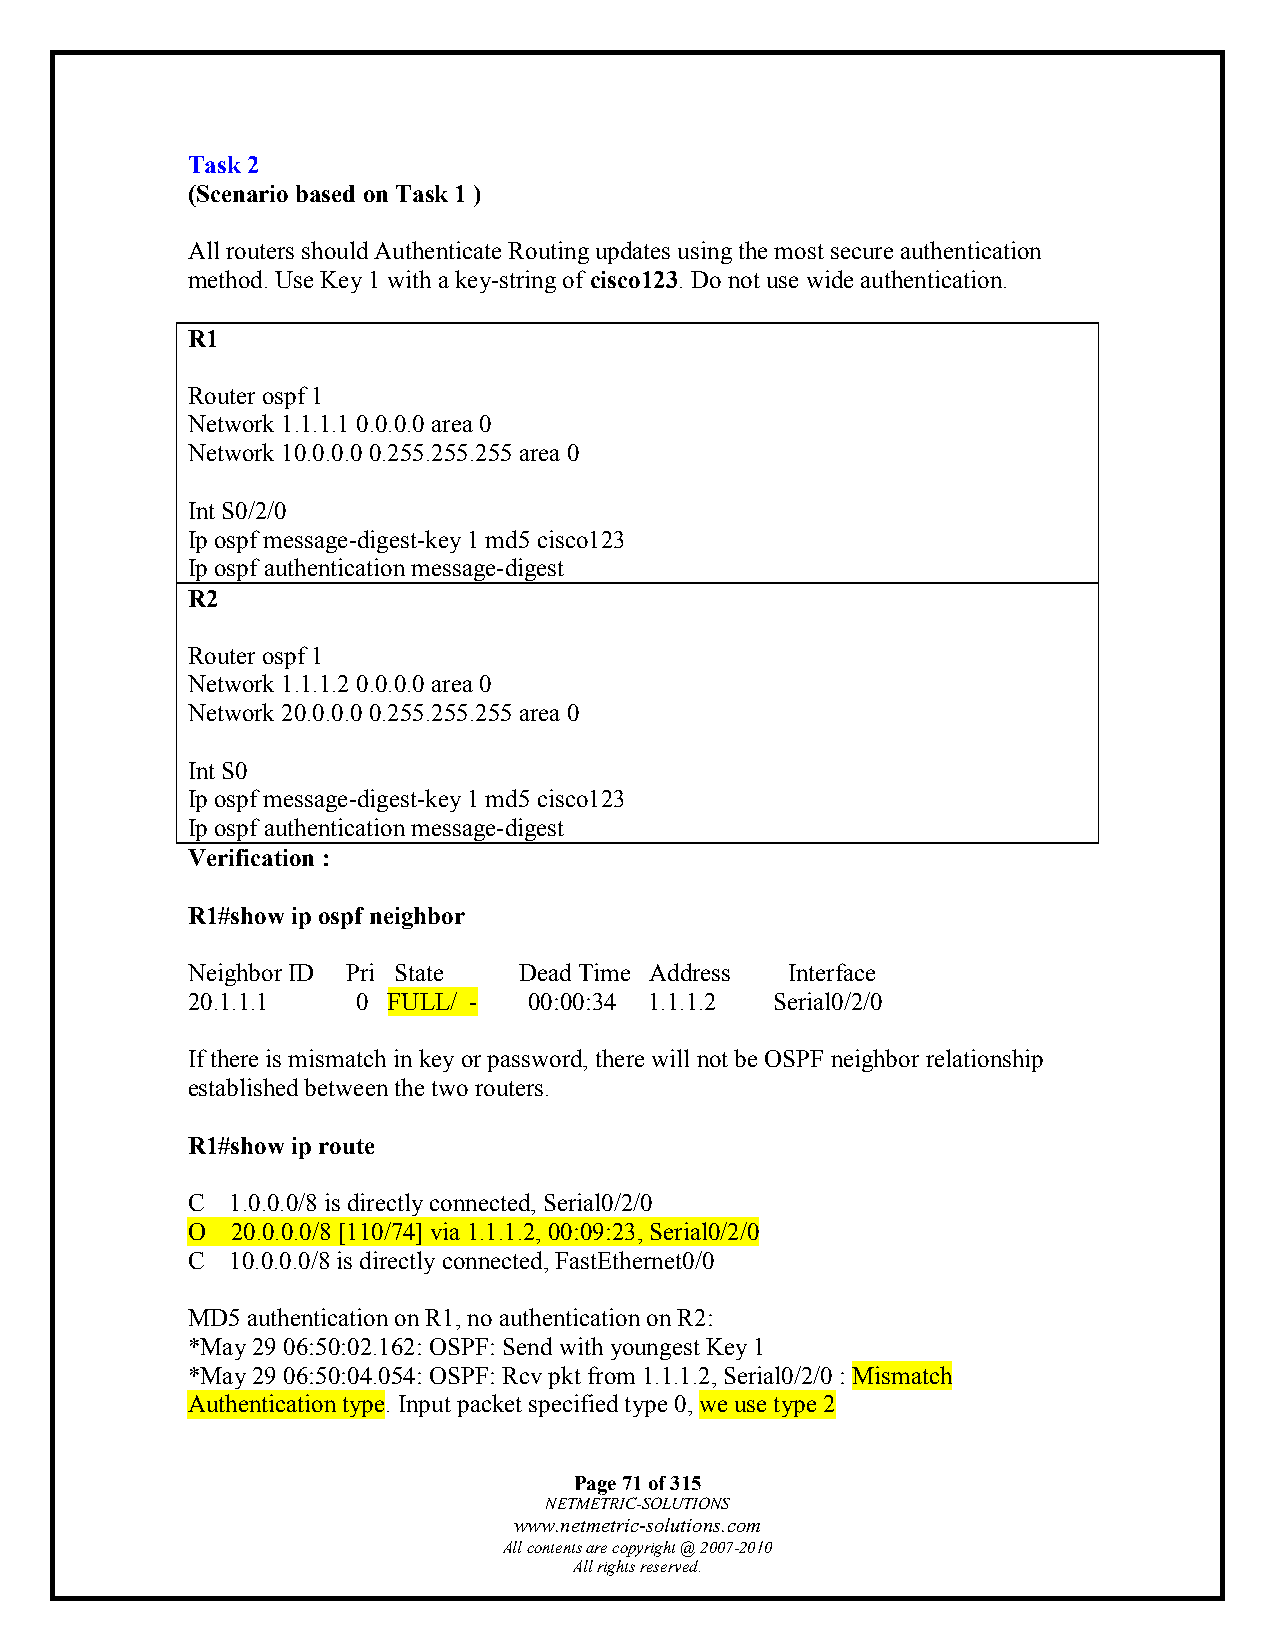
Task 2
 (Scenario based on Task 1 )
 All routers should Authenticate Routing updates using the most secure authentication
 method. Use Key 1 with a key-string of cisco123. Do not use wide authentication.
 R1
 Router ospf 1
 Network 1.1.1.1 0.0.0.0 area 0
 Network 10.0.0.0 0.255.255.255 area 0
 Int S0/2/0
 Ip ospf message-digest-key 1 md5 cisco123
 Ip ospf authentication message-digest
 R2
 Router ospf 1
 Network 1.1.1.2 0.0.0.0 area 0
 Network 20.0.0.0 0.255.255.255 area 0
 Int S0
 Ip ospf message-digest-key 1 md5 cisco123
 Ip ospf authentication message-digest
 Verification :
 R1#show ip ospf neighbor
 Neighbor ID Pri State Dead Time Address Interface
 20.1.1.1    0 FULL/ -  00:00:34 1.1.1.2 Serial0/2/0
 If there is mismatch in key or password, there will not be OSPF neighbor relationship
 established between the two routers.
 R1#show ip route
 C  1.0.0.0/8 is directly connected, Serial0/2/0
 O  20.0.0.0/8 [110/74] via 1.1.1.2, 00:09:23, Serial0/2/0
 C  10.0.0.0/8 is directly connected, FastEthernet0/0
 MD5 authentication on R1, no authentication on R2:
 *May 29 06:50:02.162: OSPF: Send with youngest Key 1
 *May 29 06:50:04.054: OSPF: Rcv pkt from 1.1.1.2, Serial0/2/0 : Mismatch
 Authentication type. Input packet specified type 0, we use type 2
 Page 71 of 315
 NETMETRIC-SOLUTIONS
 www.netmetric-solutions.com
 All contents are copyright @ 2007-2010
 All rights reserved.